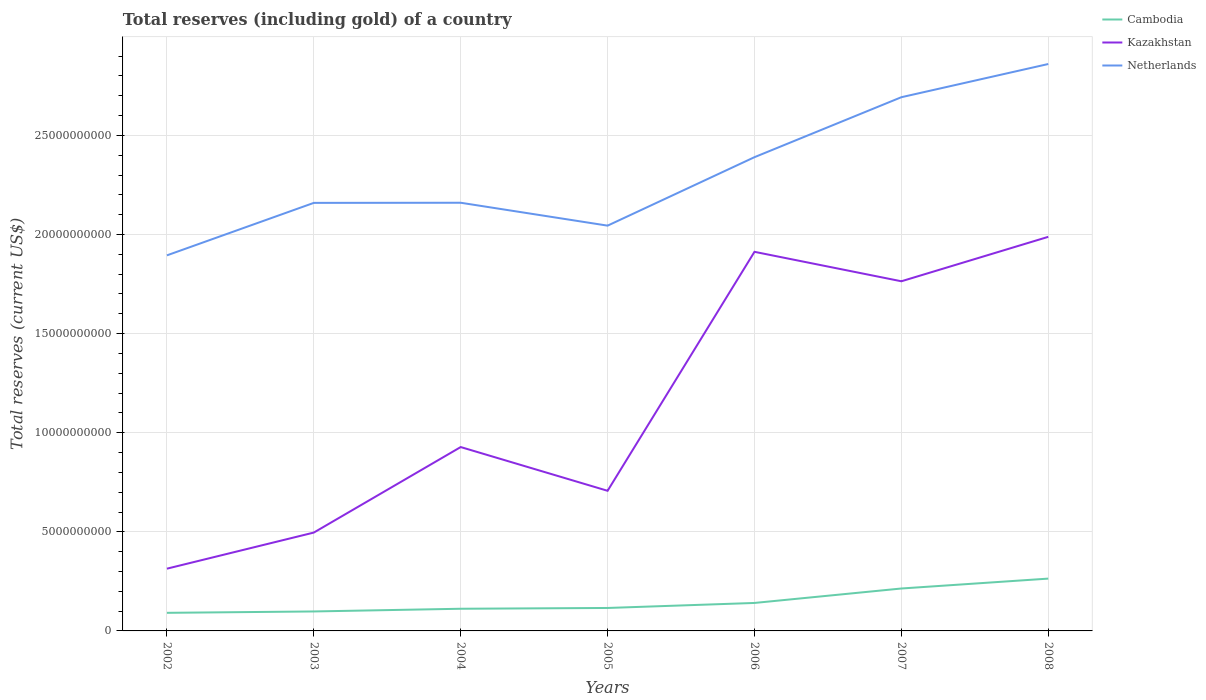
| Years | Cambodia | Kazakhstan | Netherlands |
 | --- | --- | --- | --- |
 | 2002 | 9.13e+08 | 3.14e+09 | 1.89e+10 |
 | 2003 | 9.82e+08 | 4.96e+09 | 2.16e+10 |
 | 2004 | 1.12e+09 | 9.28e+09 | 2.16e+10 |
 | 2005 | 1.16e+09 | 7.07e+09 | 2.04e+10 |
 | 2006 | 1.41e+09 | 1.91e+10 | 2.39e+10 |
 | 2007 | 2.14e+09 | 1.76e+10 | 2.69e+10 |
 | 2008 | 2.64e+09 | 1.99e+10 | 2.86e+10 |